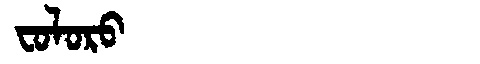
Manchu: ᠸᠣᠯᠣᡵᠣ
Romanization: FOLORO